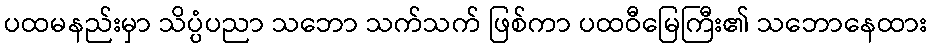
ပထမနည်းမှာ သိပ္ပံပညာ သဘော သက်သက် ဖြစ်ကာ ပထဝီမြေကြီး၏ သဘောနေထား